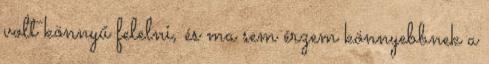
volt könnyű felelni, és ma sem érzem könnyebbnek a